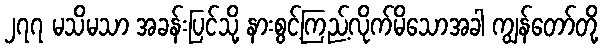
၂၇၇ မသိမသာ အခန်းပြင်သို့ နားစွင့်ကြည့်လိုက်မိသောအခါ ကျွန်တော်တို့